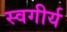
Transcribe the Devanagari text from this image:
स्वगीर्य